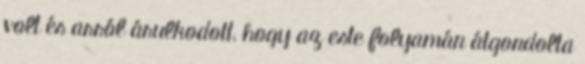
volt és arról árulkodott, hogy az este folyamán átgondolta